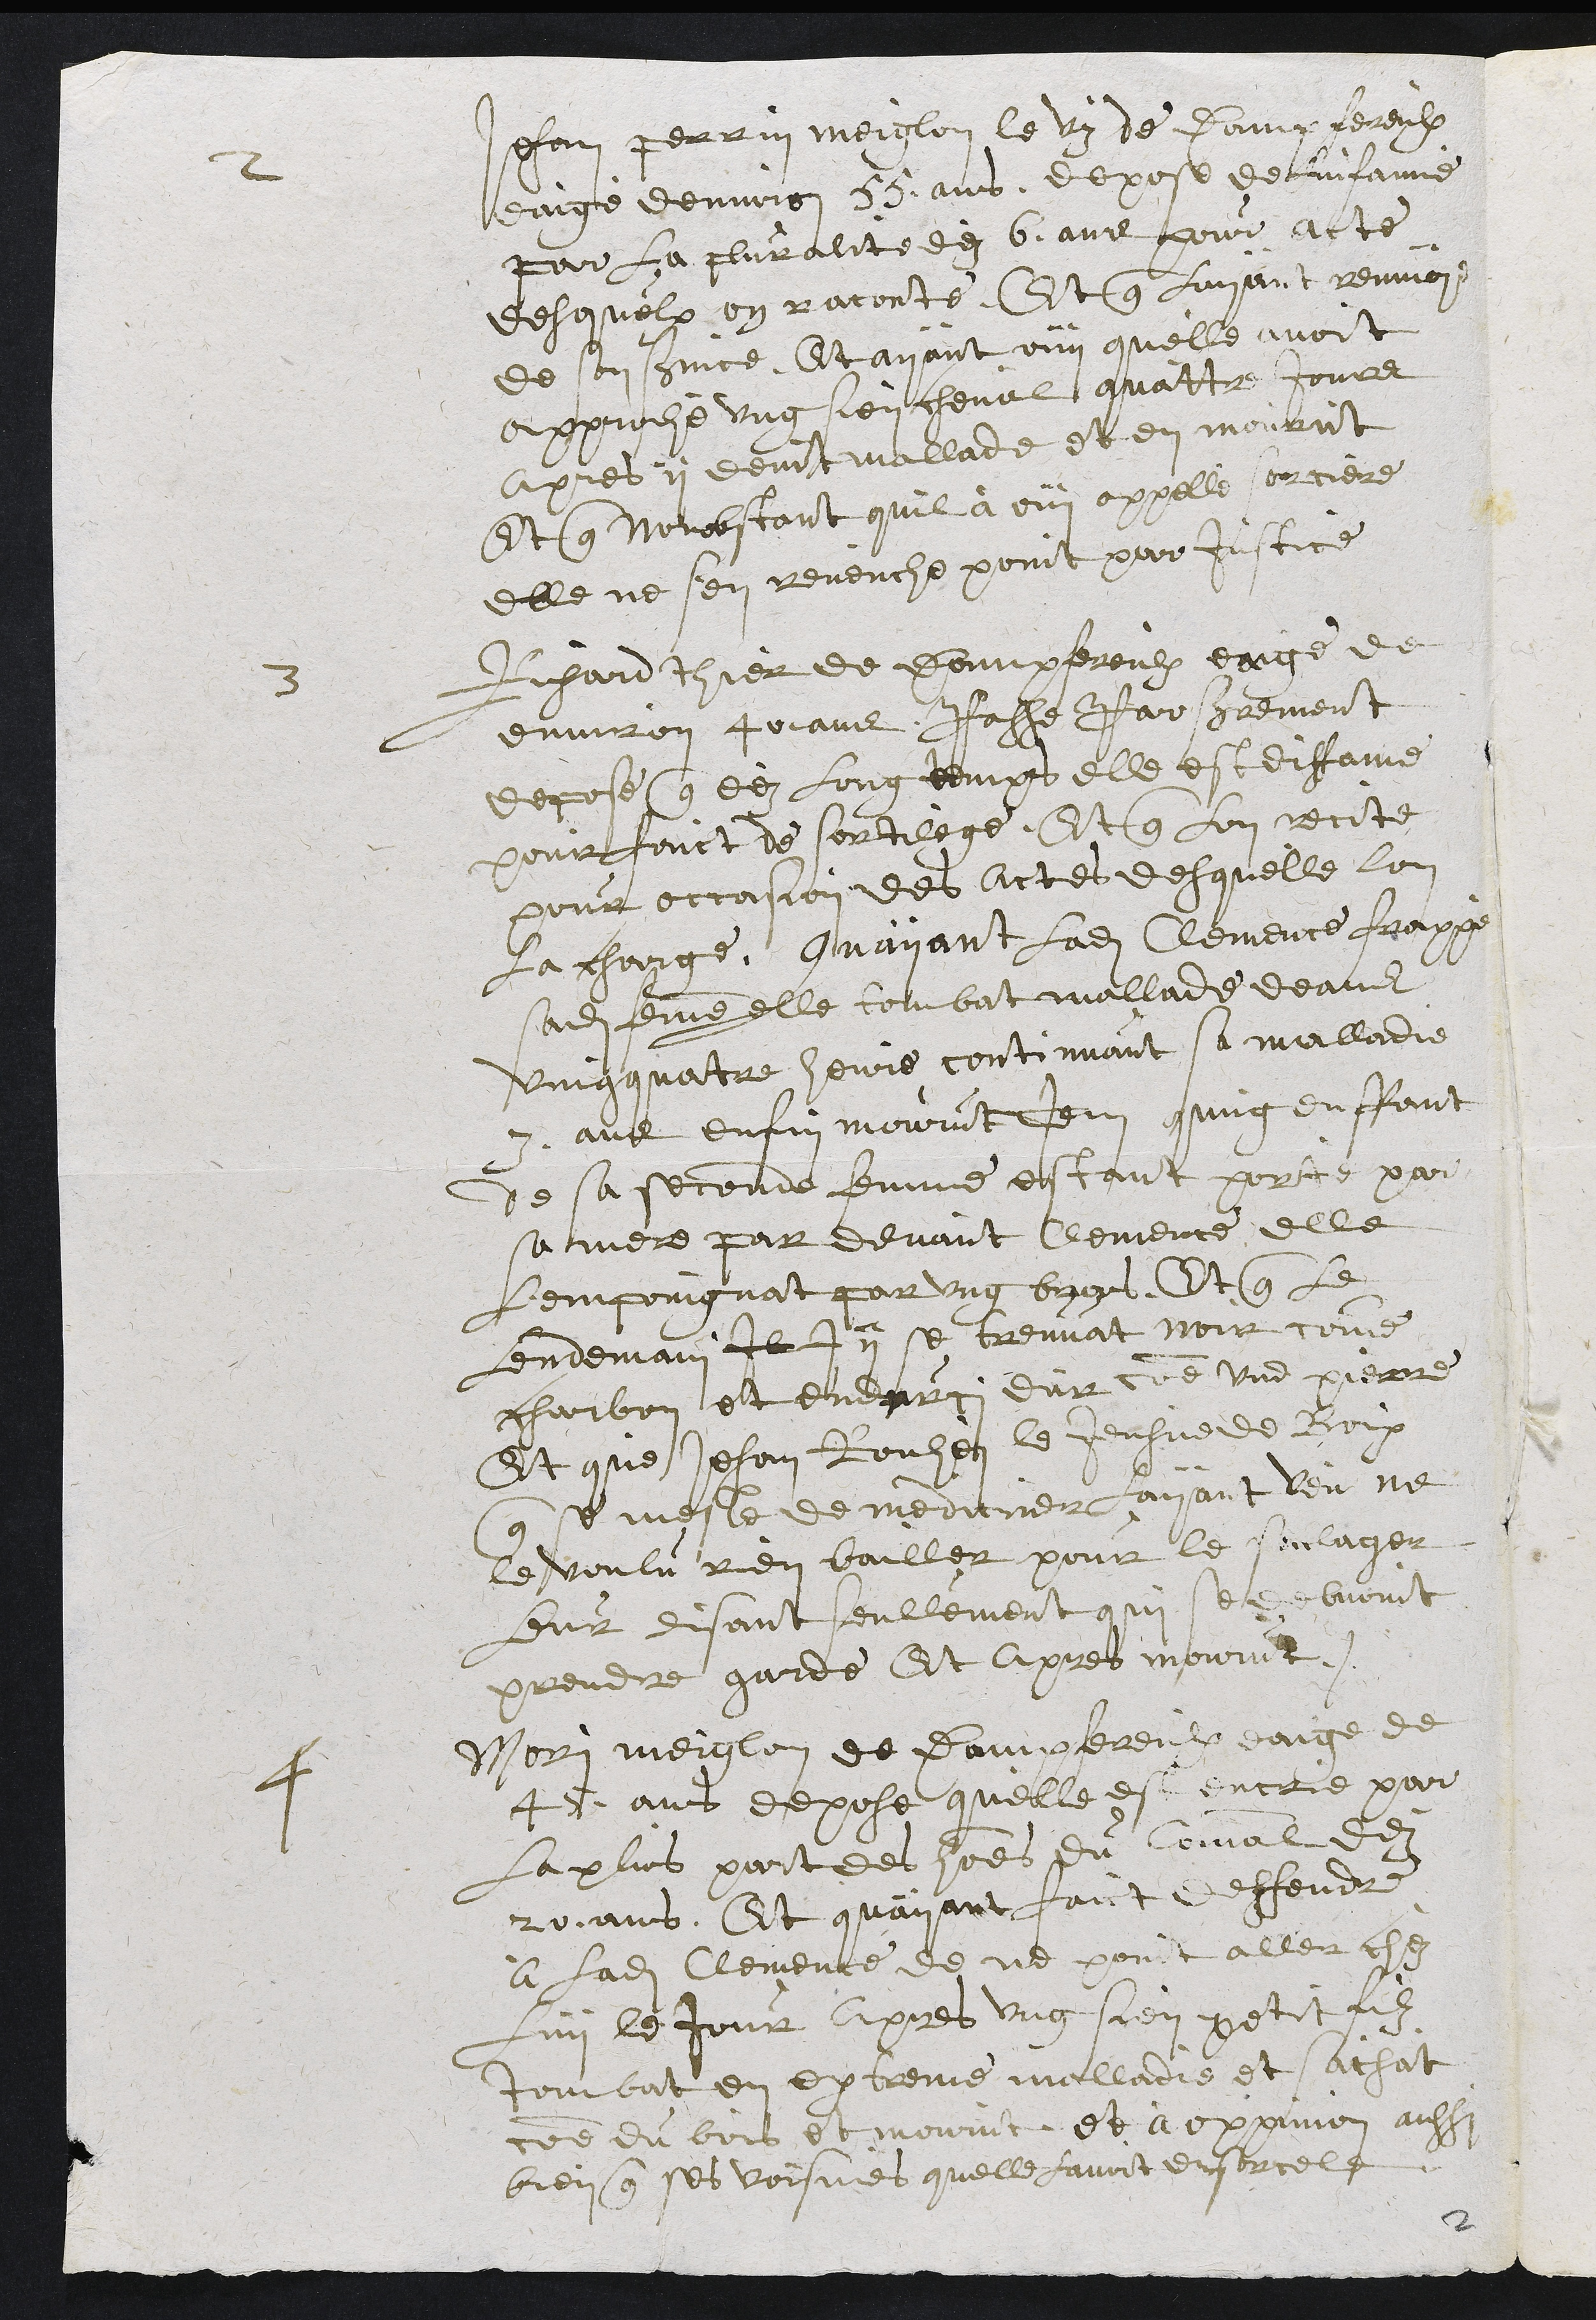
2 Jehan Perrin meiglon le viz de Dampfereulx
eaigè denviron 55 ans, depose de linfamie
par la pluralite dez 6 ans pour acte
desquelx en raconte Et que Layant renvoye
de son service Et ayant ouy quelle avoit
approchè ung sien cheval quattre jours
apres y devint mallade et en mourut
Et que nonobstant quil a ouy appellè sorciere
elle ne sen revenche point par justice
3 Richard Thier de Dampfereulx eaige de
environ 40 ans Passe Par serrement
depose que dez long temps elle est diffame
pour faict de sortilege, Et que lon recite
pour occasion des actes desquelle lon
la charge, Quayant ladite Clemence frappè
sadite femme elle tombat mallade deans
vingquatre heure continuant sa malladie
3 ans enfin mourut Item qung enffant
de sa seconde femme estant portè par
sa mere par devant Clemence elle
lempoingnat par ung bras Et que le
lendemain Il I y se treuvat noir comme
charbon et endurci dur comme une pierre
Et que Jehan Rouhen le Jeusne de Boix
que se mesle de mediciner layant veu ne
le voulu rien bailler pour le soulager
Leur disant seullement qui se debvoint
prendre garde Et apres mourut.
4 Mori meiglon de Dampfereulx eaige de
45 ans depose quelle est encrie par
la plus part des hommes du Comal dez
20 ans. Et quayant faict deffendre
a ladite Clemence de ne point aller chez
luy le jour apres ung sien petit filz
tombat en extreme malladie et sachat
comme du bois et mourut et a oppinion aussi
bien que ses voisines quelle lavoit ensorcele